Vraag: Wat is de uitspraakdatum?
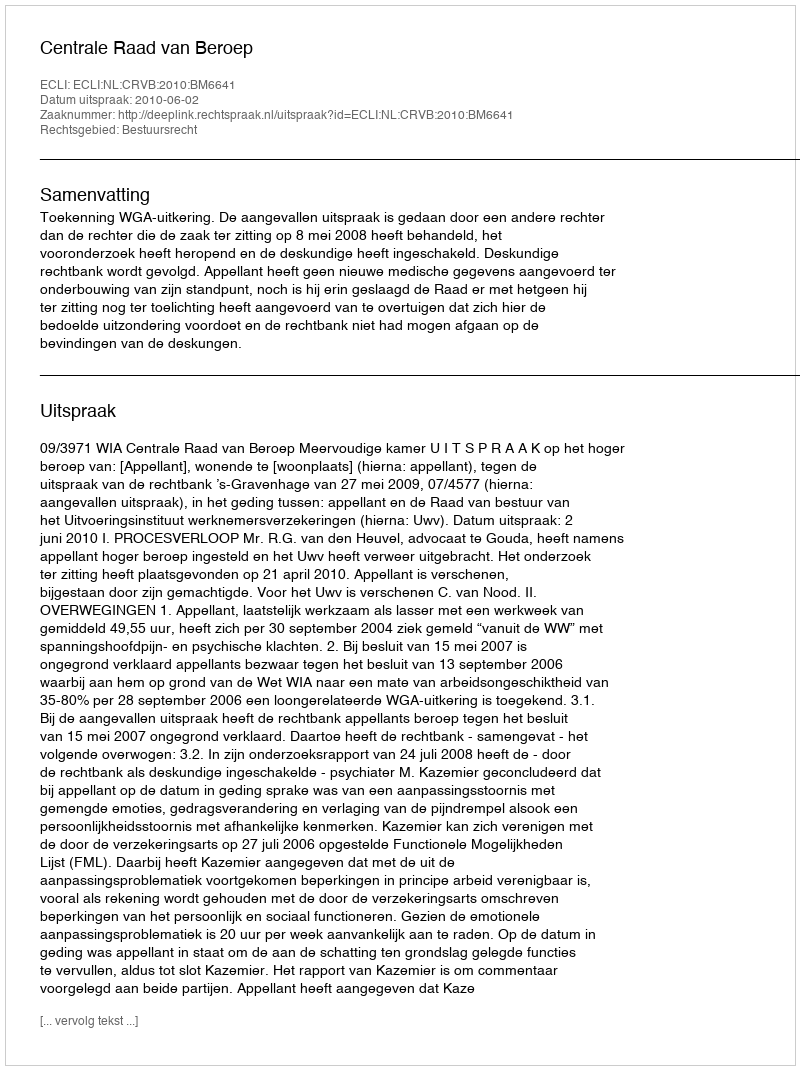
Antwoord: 2010-06-02